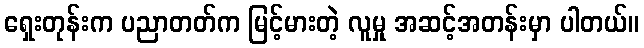
ရှေးတုန်းက ပညာတတ်က မြင့်မားတဲ့ လူမှု အဆင့်အတန်းမှာ ပါတယ်။